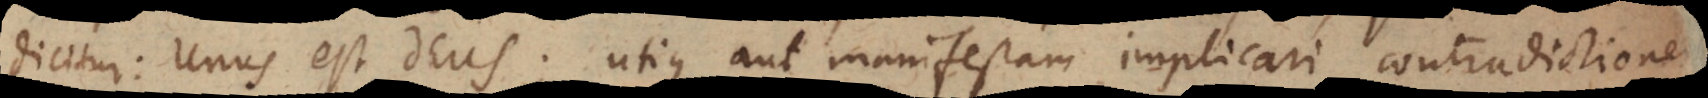
dicitur: Unus est Deus; utique aut manifestam implicari contradictionem